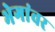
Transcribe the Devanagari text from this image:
भेगांवर